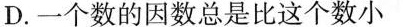
D.一个数的因数总是比这个数小